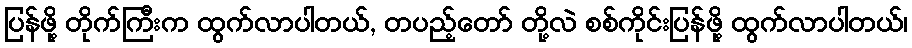
ပြန်ဖို့ တိုက်ကြီးက ထွက်လာပါတယ်, တပည့်တော် တို့လဲ စစ်ကိုင်းပြန်ဖို့ ထွက်လာပါတယ်၊